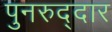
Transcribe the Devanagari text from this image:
पुनरुद्दार